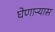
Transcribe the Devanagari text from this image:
घेणाऱ्यास